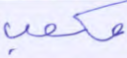
مكعب